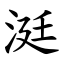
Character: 涏